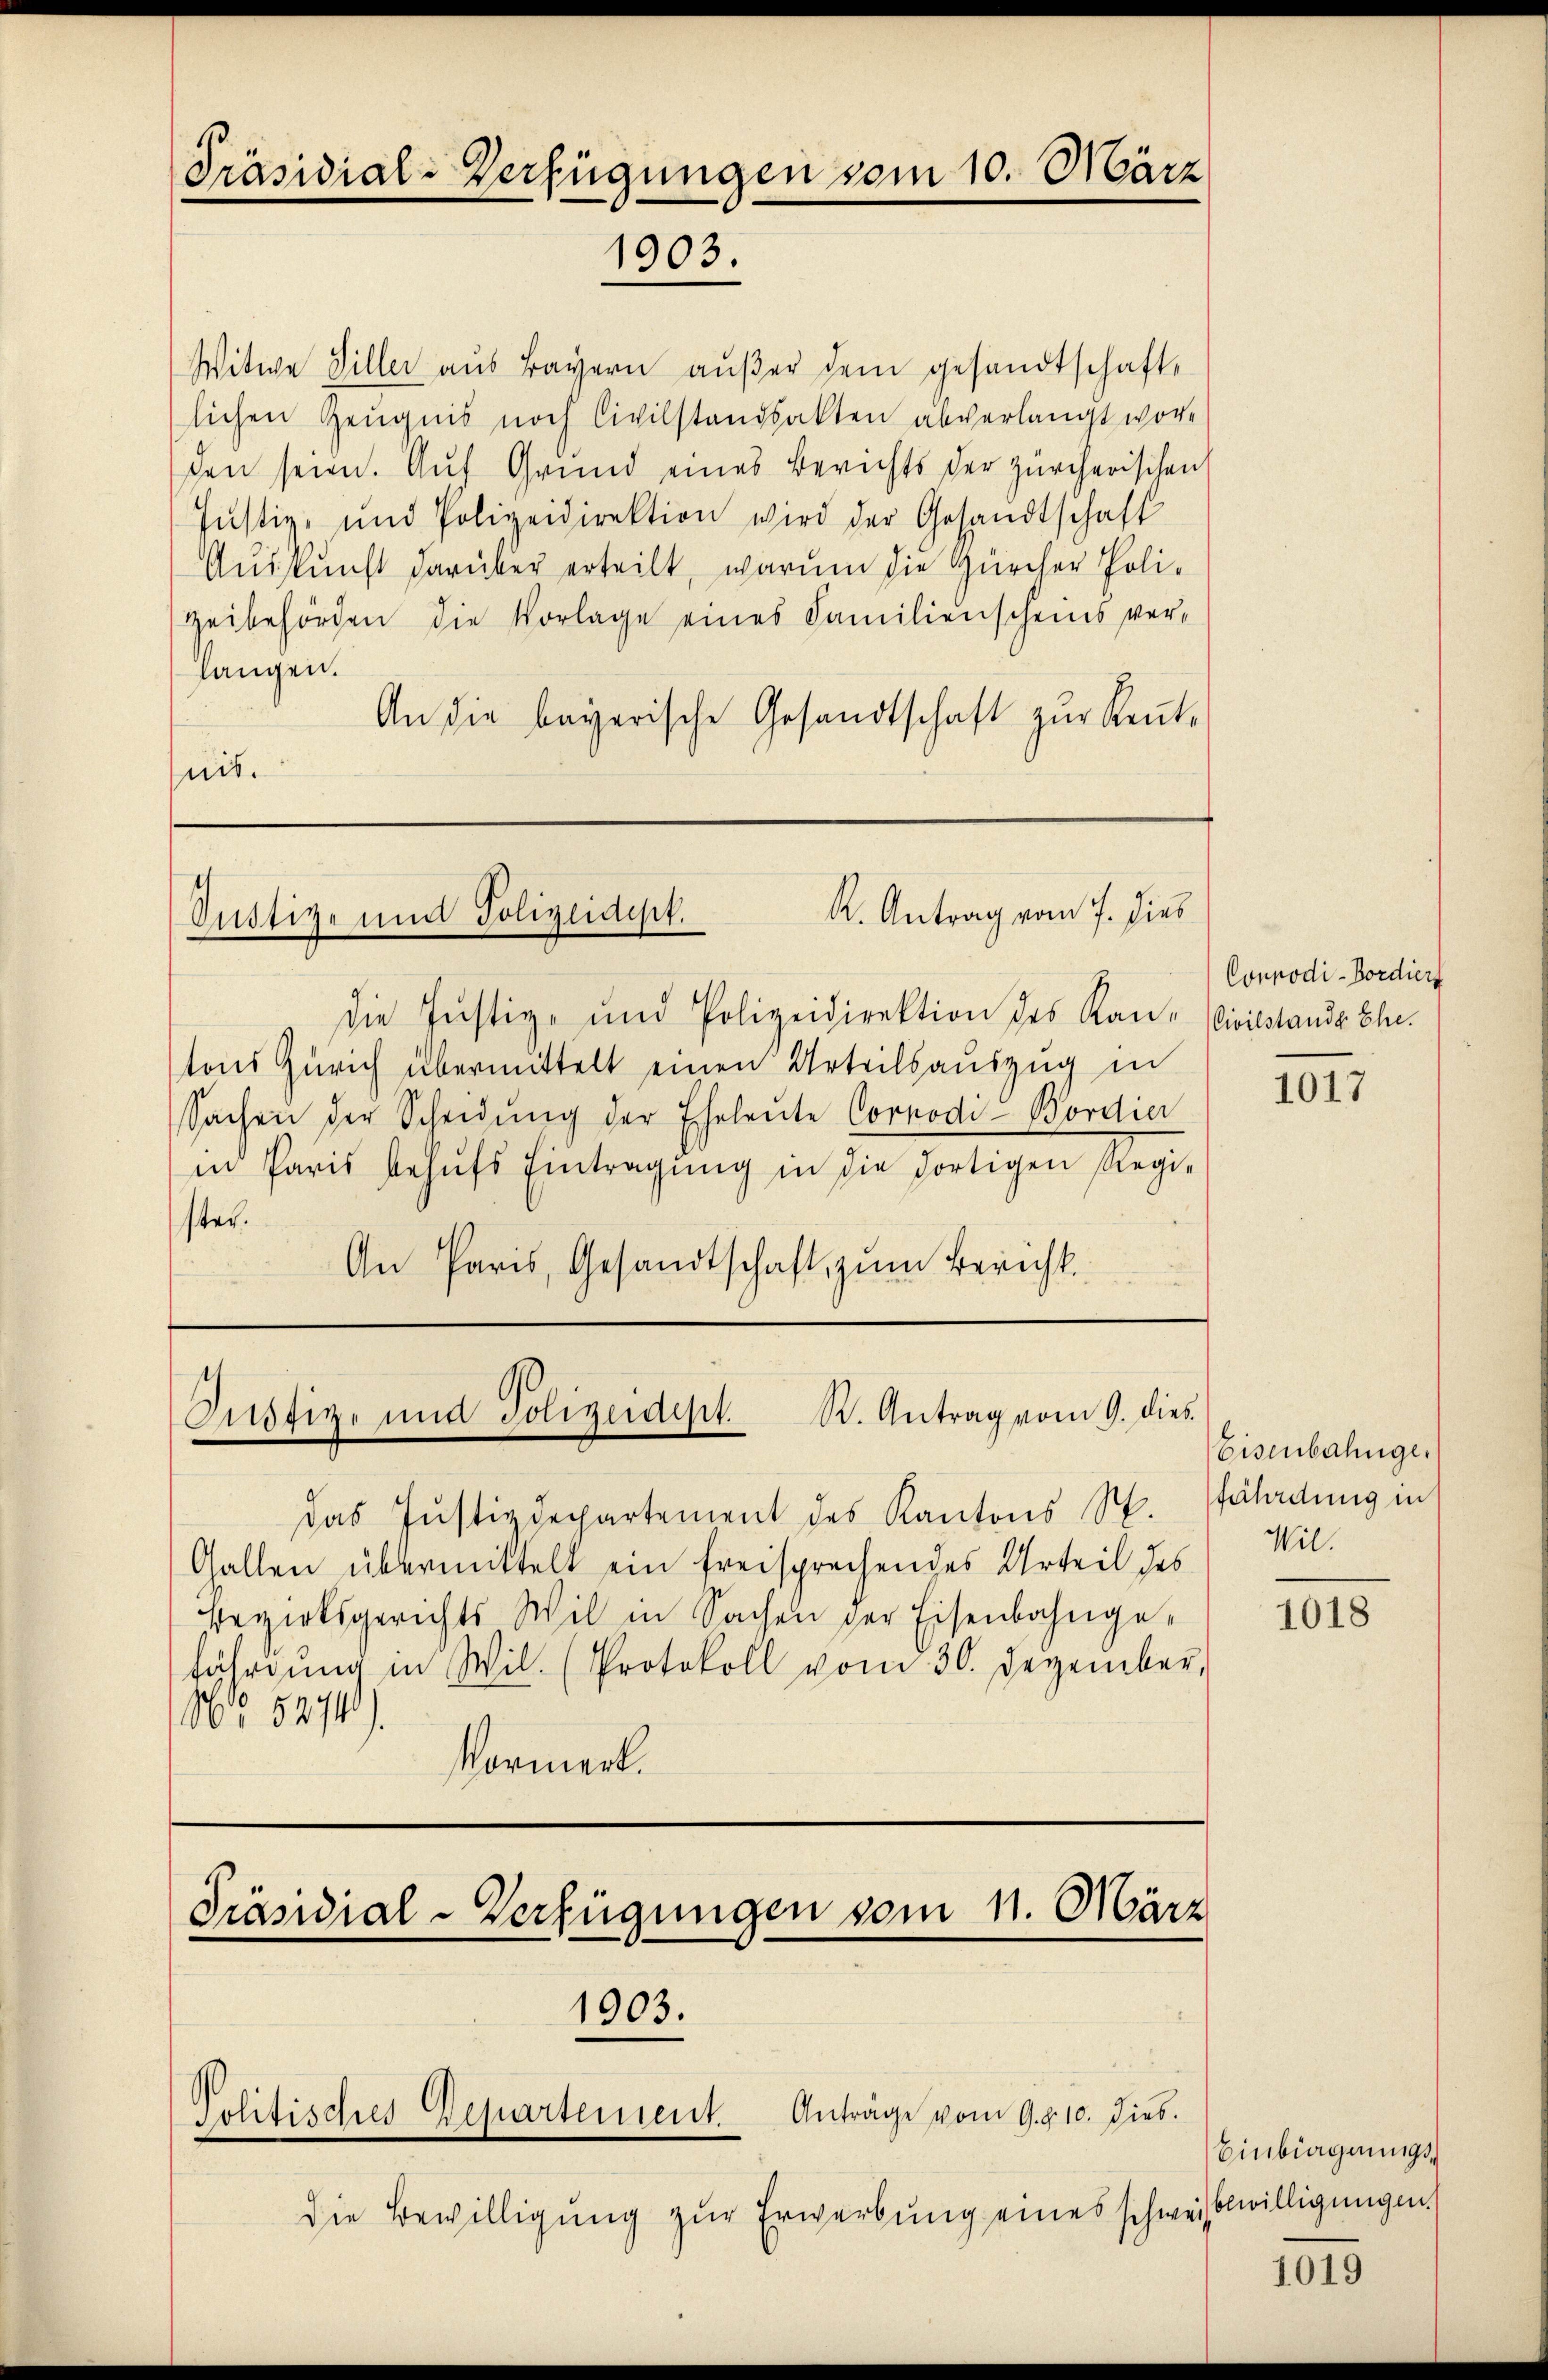
Präsidial-Verfügungen vom 10. März
1903.

Witwe Hiller aus Bayern außer dem gesandtschaftlichen Zeugnis noch Civilstandsakten abverlangt worde
den seien. Aŭf Grund eines Berichts der zürcherischen
Justiz- und Polizeidirektion wird der Gesandtschaft
Auskunft darüber erteilt, warum die Zürcher Poli¬
Heibehörden die Vorlage eines Familienscheins verlangen.
An die bayerische Gesandtschaft zŭr Rente
nit.

K. Antrag vom 7. dies
Onstige und Polizeidigt.

die Justiz- und Polizeidirektion des Kan-Civilstande Ehe.
tons Zürich übermittelt einen Urteilsauszug in
Sachen der Scheidung der Eheleute Corrodi Bordier
in Paris behŭfs Eintragŭng in die dortigen Regie
ster.
An Paris, Gesandtschaft zum Bericht.

Justiz- und Polizeidept. R. Antrag vom 9. dies

1903.

das Justizdepartement des Kantons S.
Gallen übermittelt ein freisprechendes Urteil des
Bezirksgerichts Wil in Sachen der Eisenbahngefährgŭng in Wil. (Protokoll vom 30. Dezember,
168. 527).
Vormerk.

Präsidial-Verfügungen vom 11. März

Anträge vom 9. d. 10. dies.
Politisches Departement.

die Bewilligung zur Erwerbung eines schweisbewilligungen

Connodi-Bordiers

1017

Eisenbahnge,
fährdung in
Wil.

1018

Einbiegnungs¬

1019